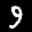
Label: 9